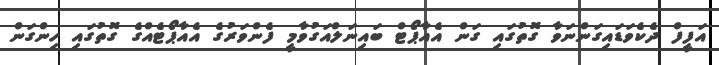
އަފީފް ދެކެވަޑައިގަންނަވާ ގޮތުގައި ގަން އެއާޕޯޓް ބައިނަލްއަގުވާމީ ފެންވަރުގެ އެއާޕޯޓެއްގެ ގޮތުގައި ހިންގަން